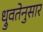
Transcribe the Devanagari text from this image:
ध्रुवतेनुसार